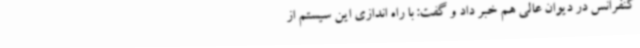
کنفرانس در دیوان عالی هم خبر داد و گفت: با راه اندازی این سیستم از